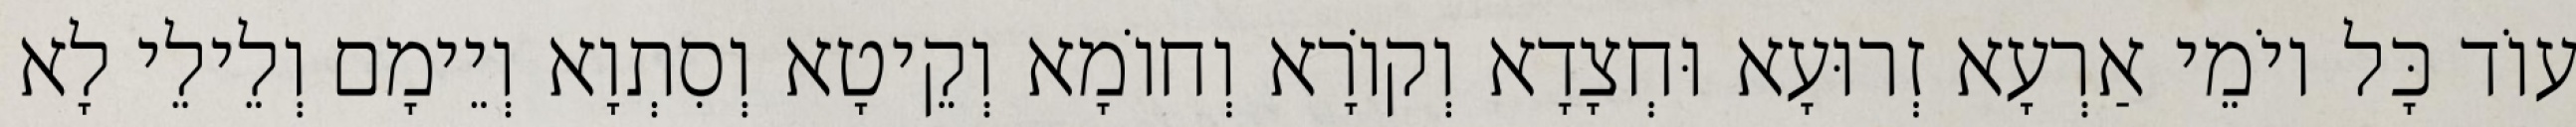
עוֹד כָּל יוֹמֵי אַרְעָא זְרוּעָא וּחְצָדָא וְקוֹרָא וְחוֹמָא וְקֵיטָא וְסִתְוָא וְיֵימָם וְלֵילֵי לָא